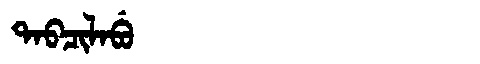
Manchu: ᡨᠠᠪᠴᡳᠯᠠᠪᡠ
Romanization: TABCILABU